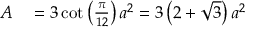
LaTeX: \begin{array} { r l } { A } & { { } = 3 \cot \left( { \frac { \pi } { 1 2 } } \right) a ^ { 2 } = 3 \left( 2 + { \sqrt { 3 } } \right) a ^ { 2 } } \end{array}